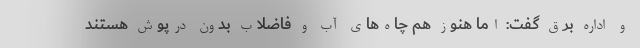
و اداره برق گفت: اما هنوز هم چاه‌های آب و فاضلاب بدون درپوش هستند